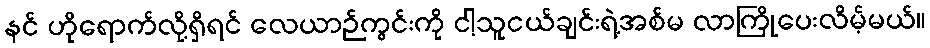
နင် ဟိုရောက်လို့ရှိရင် လေယာဉ်ကွင်းကို ငါ့သူငယ်ချင်းရဲ့အစ်မ လာကြိုပေးလိမ့်မယ်။